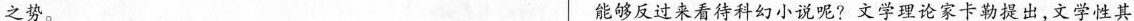
之势。 能够反过来看待科幻小说呢? 文学理论家卡勒提出，文学其